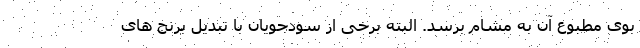
بوی مطبوع آن به مشام برسد. البته برخی از سودجویان با تبدیل برنج های